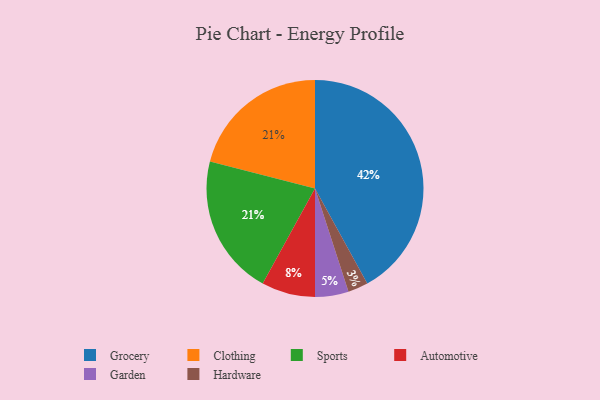
{"axis": {"x": "Category", "y": "Percentage"}, "legend": ["Automotive", "Clothing", "Garden", "Grocery", "Hardware", "Sports"], "data": [{"x": "Clothing", "y": 21, "type": "Clothing"}, {"x": "Grocery", "y": 42, "type": "Grocery"}, {"x": "Hardware", "y": 3, "type": "Hardware"}, {"x": "Automotive", "y": 8, "type": "Automotive"}, {"x": "Garden", "y": 5, "type": "Garden"}, {"x": "Sports", "y": 21, "type": "Sports"}]}